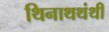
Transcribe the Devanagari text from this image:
थिनाथथंथी